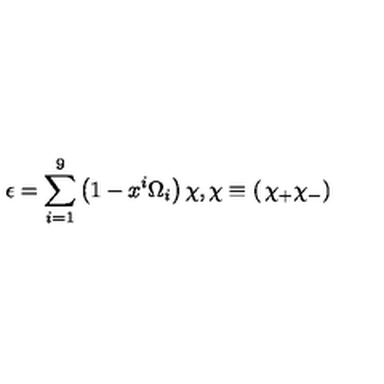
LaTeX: \epsilon = \sum _ { i = 1 } ^ { 9 } \left( 1 - x ^ { i } \Omega _ { i } \right) \chi , \chi \equiv \left( \begin{matrix} { \chi _ { + } } \\ { \chi _ { - } } \\ \end{matrix} \right)